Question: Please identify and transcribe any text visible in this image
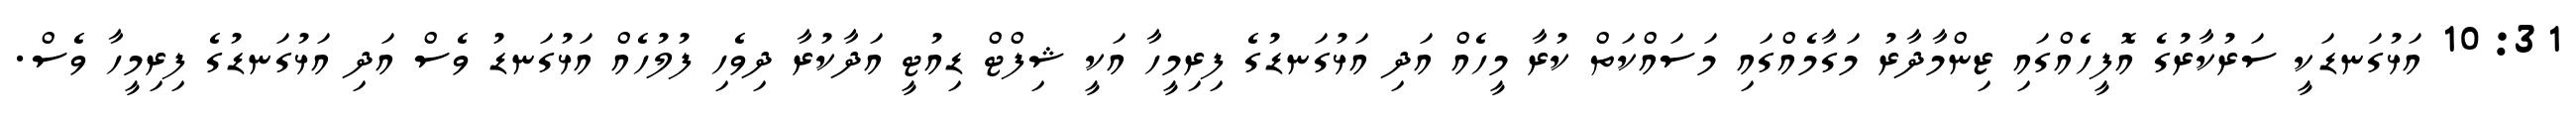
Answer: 10:31 އަޅުގަނޑަކީ ސަރުކާރުގެ އޮފީހެއްގައި ޒިންމާދާރު މަގާމެއްގައި މަސައްކަތް ކުރާ މީހެއް އަދި އަޅުގަނޑުގެ ފިރިމީހާ އަކީ ޝިފްޓް ޑިއުޓީ އަދާކުރާ ދިވެހި ފުލުހެއް އަޅުގަނޑު ވެސް އަދި އަޅުގަނޑުގެ ފިރިމީހާ ވެސް.